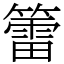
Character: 𥵉